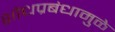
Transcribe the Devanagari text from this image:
शोधप्रबंधामुळे